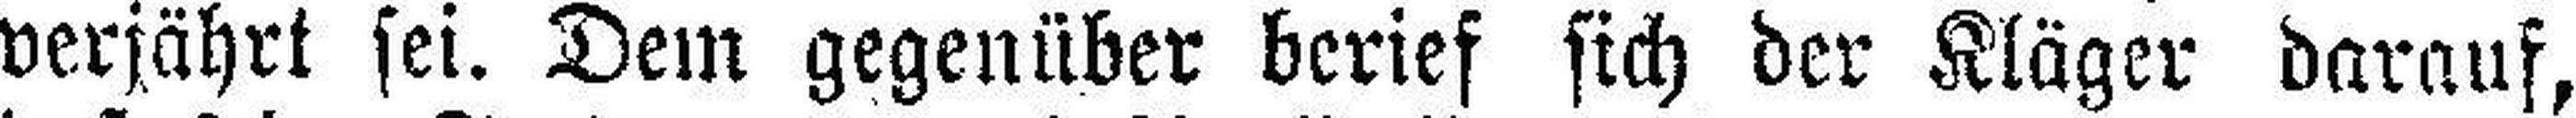
verjährt sei. Dem gegenüber berief sich der Kläger darauf,